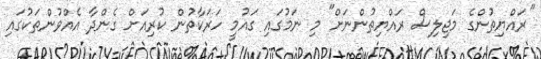
"ރައްޔިތުންގެ މަޖިލިސް ރައްޔިތުންނަށް" މި ނަމުގައި ގައުމީ ހަރަކާތުން ކުރިއަށް ގެންދާ އެއްވުންތަކުގައި